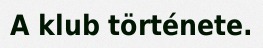
A klub története.